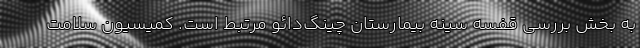
به بخش بررسی قفسه سینه بیمارستان چینگ‌دائو مرتبط است. کمیسیون سلامت